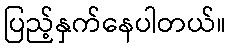
ပြည့်နှက်နေပါတယ်။